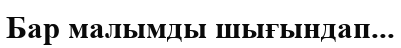
Бар малымды шығындап...